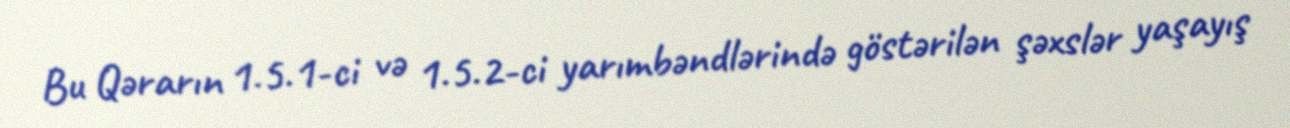
Bu Qərarın 1.5.1-ci və 1.5.2-ci yarımbəndlərində göstərilən şəxslər yaşayış